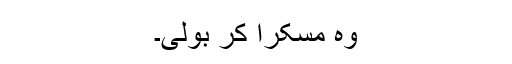
وہ مسکرا کر بولی۔